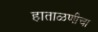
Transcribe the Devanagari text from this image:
हाताळणीचा